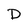
Character: D